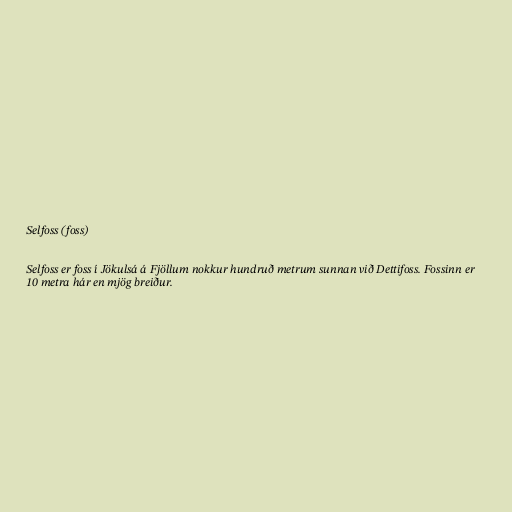
Selfoss (foss)

Selfoss er foss í Jökulsá á Fjöllum nokkur hundruð metrum sunnan við Dettifoss. Fossinn er
10 metra hár en mjög breiður.